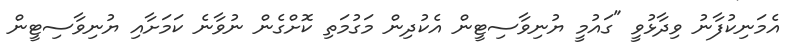
އެމަނިކުފާނު ވިދާޅުވީ "ގައުމީ ޔުނިވާސިޓީން އެކުދިން މަގުމަތި ކޮށްގެން ނުވާނެ ކަމަށާއި ޔުނިވާސިޓީން